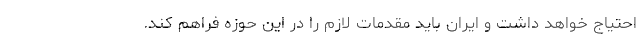
احتیاج خواهد داشت و ایران باید مقدمات لازم را در این حوزه فراهم کند.